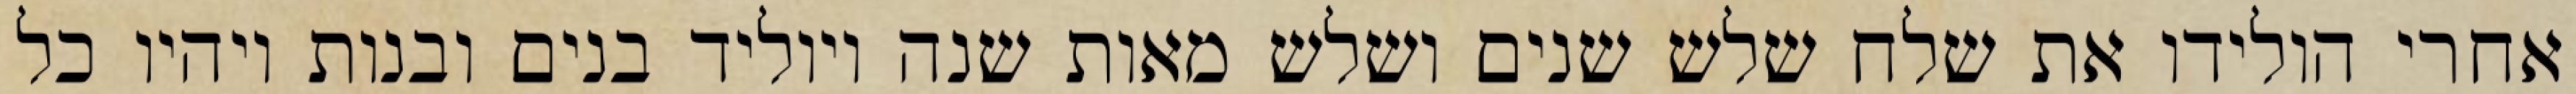
אחרי הולידו את שלח שלש שנים ושלש מאות שנה ויוליד בנים ובנות ויהיו כל